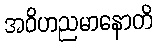
အဝိဟညမာနောတိ